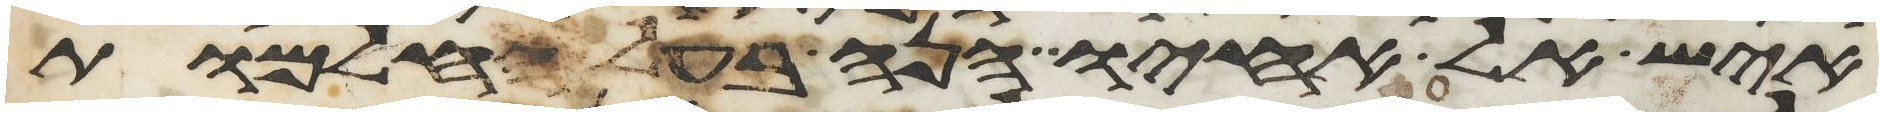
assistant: איש אל אחיו הנה בעל החלמות